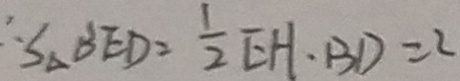
\therefore S _ { \Delta } B E D = \frac { 1 } { 2 } E H \cdot B D = 2